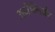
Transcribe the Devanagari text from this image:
अनैम्निओट